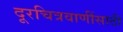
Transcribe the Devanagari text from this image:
दूरचित्रवाणींसाठी